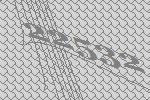
22532